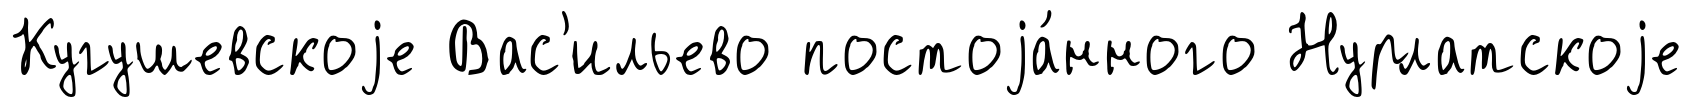
Кугушевскоjе Вас'ильево постоjа́нного Нурлатскоjе